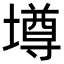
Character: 壿